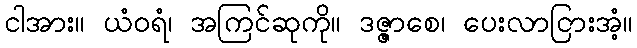
ငါအား။ ယံဝရံ၊ အကြင်ဆုကို။ ဒဇ္ဇာစေ၊ ပေးလာငြားအံ့။